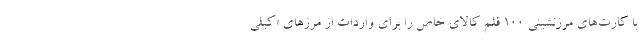
با کارت‌های مرزنشینی ۱۰۰ قلم کالای خاص را برای واردات از مرزهای «کیلی